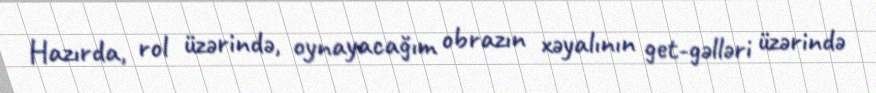
Hazırda, rol üzərində, oynayacağım obrazın xəyalının get-gəlləri üzərində